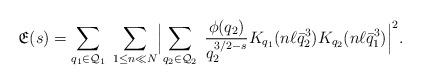
LaTeX: \begin{align*}\mathfrak{E}(s)=\sum_{q_1\in\mathcal{Q}_1}\;\sum_{1\leq n\ll N}\Bigl|\sum_{q_2\in\mathcal{Q}_2}\;\frac{\phi(q_2)}{q_2^{3/2-s}} K_{q_1}(n\ell\bar{q}_2^3)K_{q_2}(n\ell\bar{q}_1^3)\Bigr|^2.\end{align*}